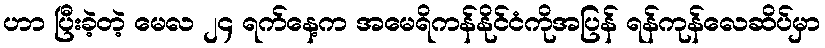
ဟာ ပြီးခဲ့တဲ့ မေလ ၂၄ ရက်နေ့က အမေရိကန်နိုင်ငံကိုအပြန် ရန်ကုန်လေဆိပ်မှာ